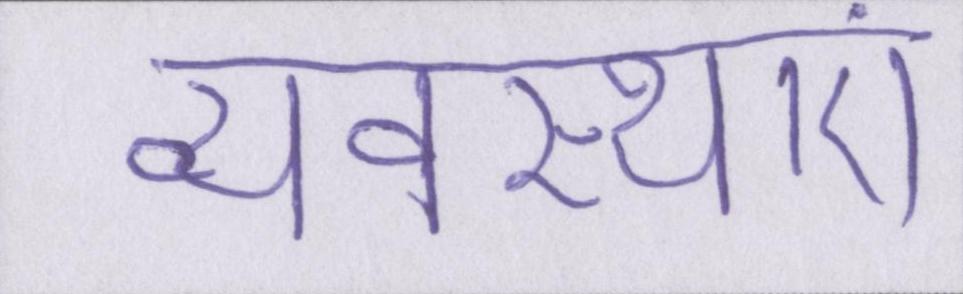
व्यवस्थाएं